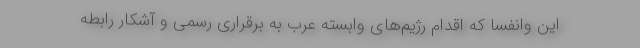
این وانفسا که اقدام رژیم‌های وابسته عرب به برقراری رسمی و آشکار رابطه